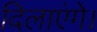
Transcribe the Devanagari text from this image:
दिलाएंगे।